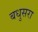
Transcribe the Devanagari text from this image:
बधुसरा